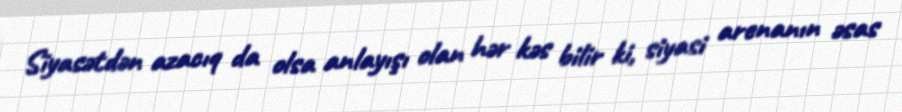
Siyasətdən azacıq da olsa anlayışı olan hər kəs bilir ki, siyasi arenanın əsas